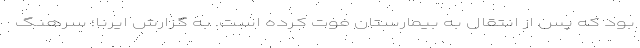
بود که پس از انتقال به بیمارستان فوت کرده است. به گزارش ایرنا؛ سرهنگ